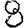
Digit: 8